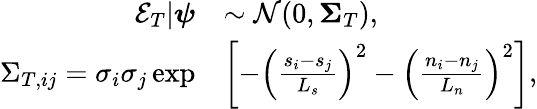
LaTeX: \begin{array}{rl}{\mathcal{E}_{T}|\boldsymbol{\psi}}&{\sim\mathcal{N}(0,\boldsymbol{\Sigma}_{T}),}\\ {{\Sigma}_{T,ij}=\sigma_{i}\sigma_{j}\exp}&{\left[-\left(\frac{s_{i}-s_{j}}{L_{s}}\right)^{2}-\left(\frac{n_{i}-n_{j}}{L_{n}}\right)^{2}\right],}\end{array}